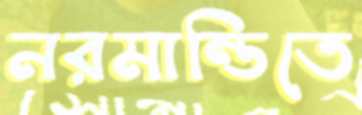
নরমান্ডিতে